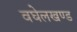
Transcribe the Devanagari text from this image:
वघेलखण्ड